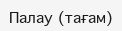
Палау (тағам)